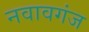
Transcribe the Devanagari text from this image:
नवावगंज